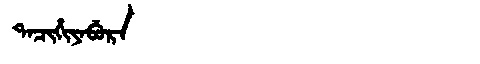
Manchu: ᡨᠠᠴᡳᡥᡳᠶᠠᠪᡠᡵᠠ
Romanization: TACIHIYABURA